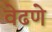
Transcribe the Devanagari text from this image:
वेढणे